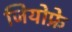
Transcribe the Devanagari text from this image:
जियोफ्रे